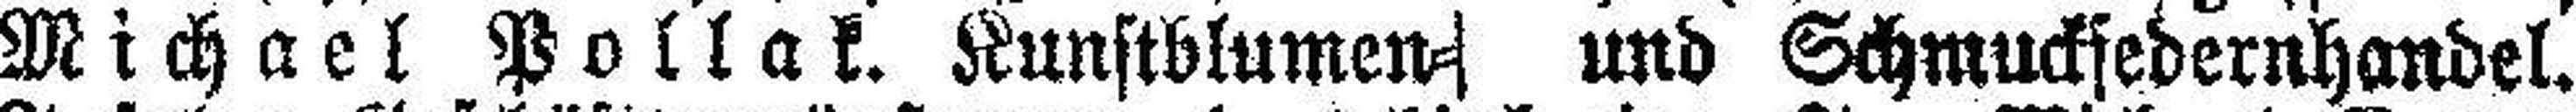
Michael Pollak. Kunstblumen- und Schmucksedernhandel.